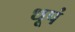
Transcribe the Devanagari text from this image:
धूपं